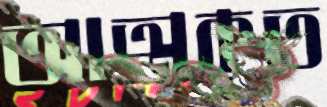
আত্মকৃত